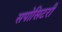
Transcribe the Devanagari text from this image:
सपोसिटरी